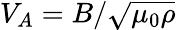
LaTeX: V_{A}=B/\sqrt{\mu_{0}\rho}